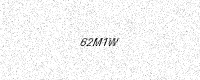
Text: 62M1W